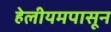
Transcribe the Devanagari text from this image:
हेलीयमपासून